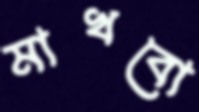
মাখবো